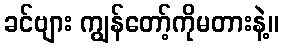
ခင်ဗျား ကျွန်တော့်ကိုမတားနဲ့။